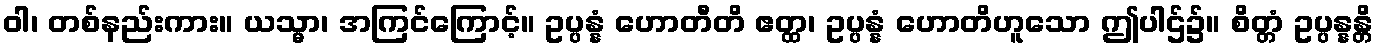
ဝါ၊ တစ်နည်းကား။ ယသ္မာ၊ အကြင်ကြောင့်။ ဥပ္ပန္နံ ဟောတီတိ ဧတ္ထ၊ ဥပ္ပန္နံ ဟောတိဟူသော ဤပါဌ်၌။ စိတ္တံ ဥပ္ပန္နန္တိ